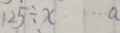
1 2 5 \div x \cdots a